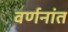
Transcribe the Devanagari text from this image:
वर्णनांत